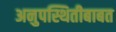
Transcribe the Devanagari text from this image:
अनुपस्थितीबाबत